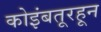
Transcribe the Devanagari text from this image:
कोइंबतूरहून